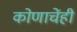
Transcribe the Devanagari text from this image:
कोणाचेंही